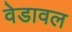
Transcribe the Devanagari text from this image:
वेडावल